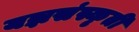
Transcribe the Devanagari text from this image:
यज्ञसंस्कृती